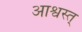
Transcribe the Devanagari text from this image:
आश्वस्त्